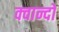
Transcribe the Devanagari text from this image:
क्वान्दो